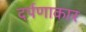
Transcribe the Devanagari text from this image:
दर्पणाकार